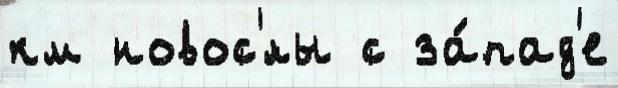
км новос'́лы с за́пад'е